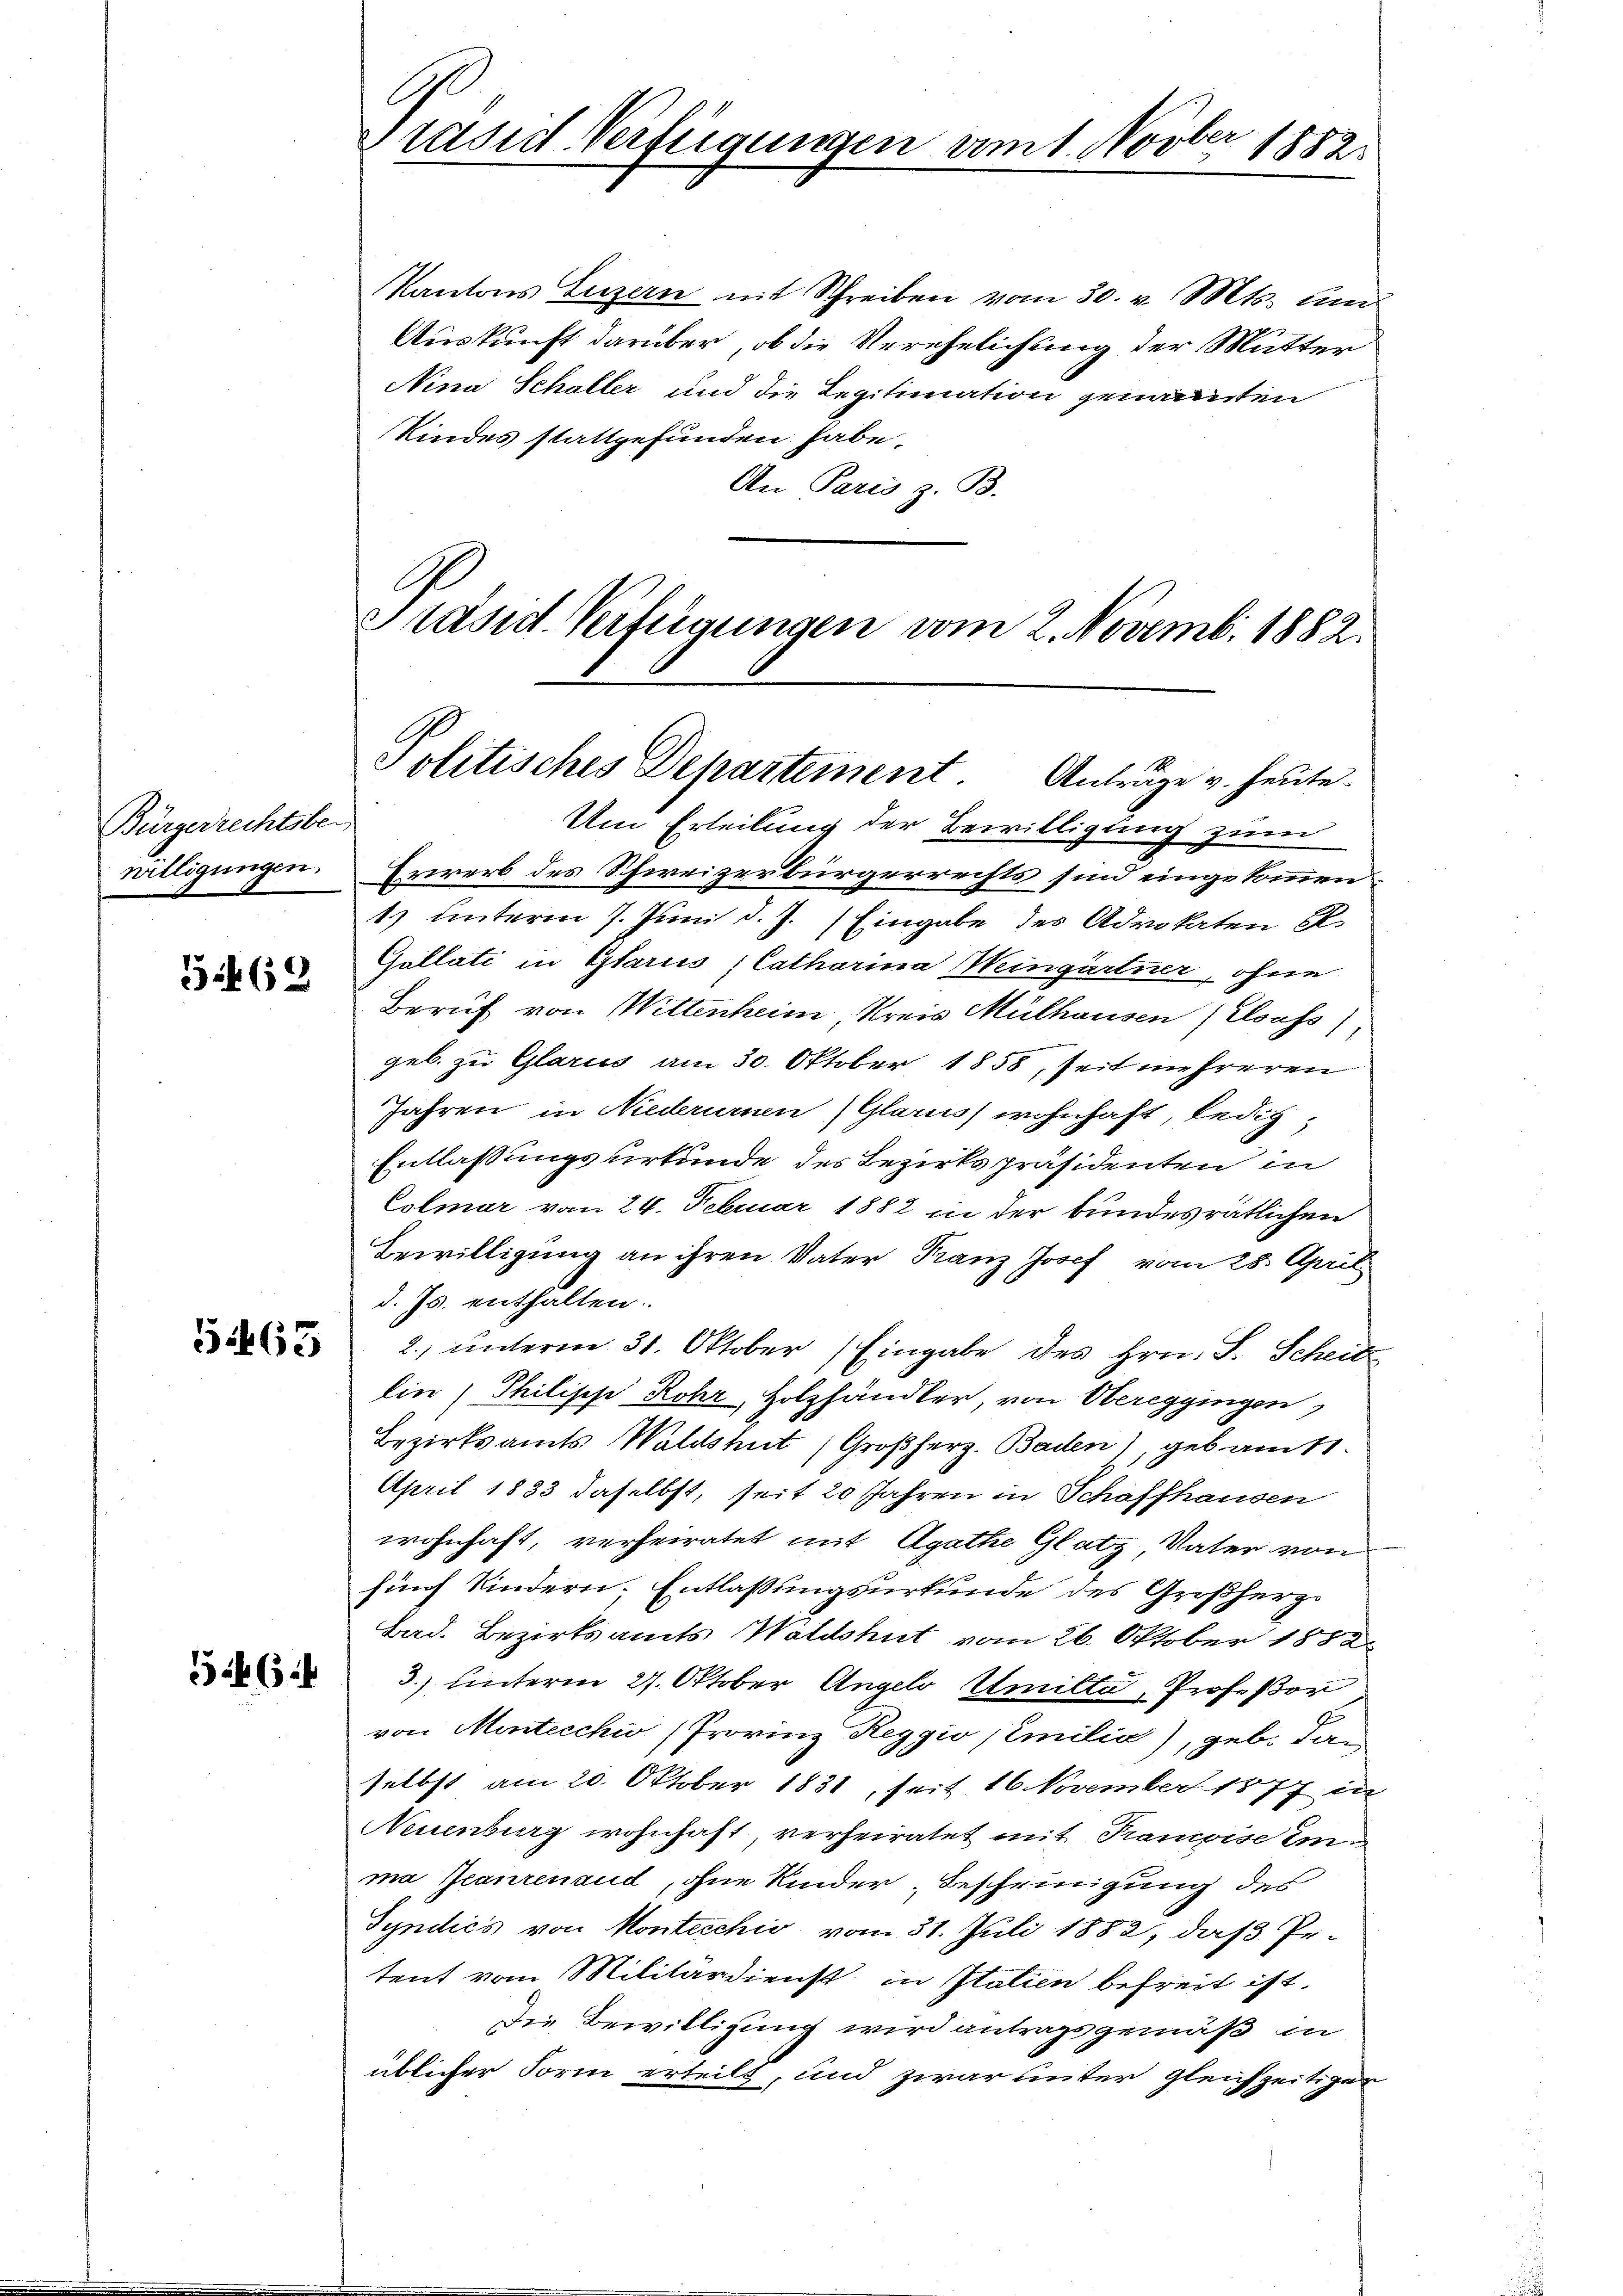
Bürgerrechtsber
nilligungen.

3462

5.465

6

l
räsid. Verfügungen am 1. Novber 1882

Kantons Luzern mit Schreiben vom 30. v. Mts. lan
Auskunft darüber, ob die Verehelichung der Mutter
Nina Schaller und die Legitimation genannten
Kindes stattgefunden habe.
An Paris z. B.
Präsid. Verfügungen vom 2. Novemb. 1882.

Politisches Departement. Anträge u. heute

Um Erteilung der Bewilligung zum
Erwerb des Schweizerbürgerrechts sind eingekommen
1) unterm 7. Juni d. J. Eingabe des Advokaten R.
Gullati in Glarus, Catharina Weingärtner, ohne
Beruf von Wittenheim Kreis Mülhausen (Elsass)
geb. zu Glarus am 30. Oktober 1858, seit mehreren
Jahren in Niederurnen (Glarus wohnhaft, ledig¬
Entlassungsurkunde des Bezirkspräsidenten in
Colmar vom 24. Februar 1882 in der bundesrätlichen
Bewilligung an ihren Vater Franz Josef vom 28. April
d. Js. enthalten.
2. unterm 31. Oktober (Eingabe des Hrn. S. Scheits
lin Philisch Rohr, Holzhändler, von Obereggingen
Bezirksamts Waldshut (Großherz. Baden), gebaute.
April 1833 daselbst, seit 20 Jahren in Schaffhausen
wohnhaft, verheiratet mit Agathe Glatz, Vater von
fünf Kindern. Entlassungsurkunde des Großherz
Bad. Bezirksamts Waldshut vom 26. Oktober 1882
3) unterm 27. Oktober Angelo Umille, Professor
von Mentecchio (Provinz Reggio (Emilia), geb. dan
selbst am 20. Oktober 1831, seit 16 November 1877 in
Neuenburg wohnhaft, verheiratet mit Trampise im
ma Jeanrenaud, ohne Kinder Bescheinigung des
Syndics von Montecchio vom 31. Juli 1882, daß Prtent vom Militärdienst in Italien befreit ist,
Die Bewilligung wird antragsgemäß in
üblicher Form erteilt, und zwar unter gleichzeitigen